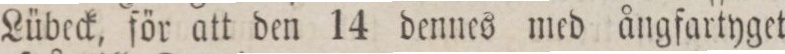
Lübeck, för att den 14 dennes med ångfartyget